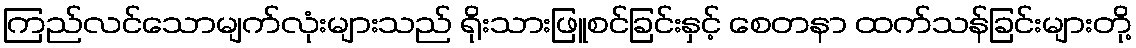
ကြည်လင်သောမျက်လုံးများသည် ရိုးသားဖြူစင်ခြင်းနှင့် စေတနာ ထက်သန်ခြင်းများတို့